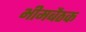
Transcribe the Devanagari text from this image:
भीमबैठक